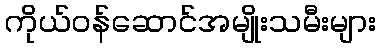
ကိုယ်ဝန်ဆောင်အမျိုးသမီးများ